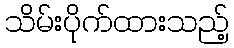
သိမ်းပိုက်ထားသည့်